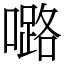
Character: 𡀔